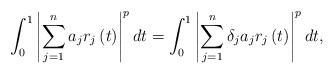
LaTeX: \begin{align*}\int_{0}^{1}\left\vert \sum_{j=1}^{n}a_{j}r_{j}\left( t\right) \right\vert^{p}dt=\int_{0}^{1}\left\vert \sum_{j=1}^{n}\delta_{j}a_{j}r_{j}\left(t\right) \right\vert ^{p}dt, \end{align*}